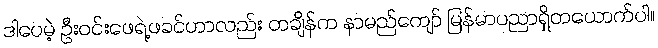
ဒါပေမဲ့ ဦးဝင်းဖေရဲ့ဖခင်ဟာလည်း တချိန်က နာမည်ကျော် မြန်မာပညာရှိတယောက်ပါ။